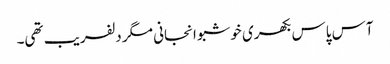
آس پاس بکھری خوشبو انجانی مگر دلفریب تھی۔